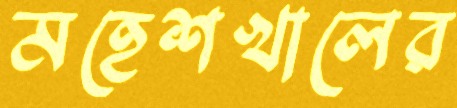
মহেশখালের